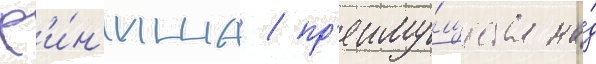
ф'и́н'иша / пр'еиму́щества на́д